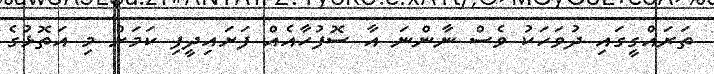
ތަރައްގީގައި ދުވަހަކު ވެސް ނާންނަ އާ ސޮފުހާއެއް ފަށައިދީފި ކަމަށް މި އަތޮޅުގެ